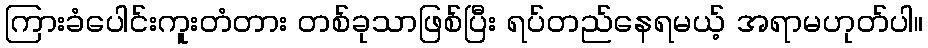
ကြားခံပေါင်းကူးတံတား တစ်ခုသာဖြစ်ပြီး ရပ်တည်နေရမယ့် အရာမဟုတ်ပါ။